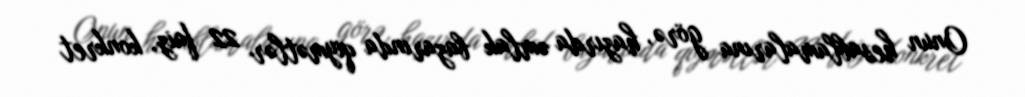
Onun hesablamalarına görə, hazırda əmlak bazarında qiymətlər 22 faiz, konkret